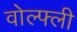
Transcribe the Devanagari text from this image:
वोल्फ्ली